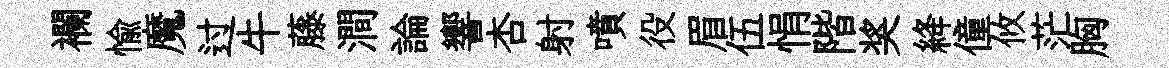
襴愉魔过牛藤澗論響杏射噴役眉伍悁階奖絳僮攸茫胸